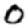
Digit: 0